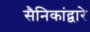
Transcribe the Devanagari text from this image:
सैनिकांद्वारे